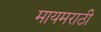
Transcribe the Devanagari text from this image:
मायमराठी